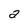
Character: a